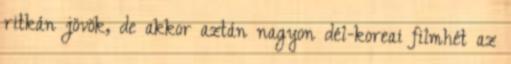
ritkán jövök, de akkor aztán nagyon dél-koreai filmhét az